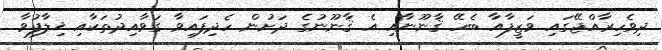
ދިވެހިރާއްޖޭގައި ވަޒީފާއާ ބެހޭ ޤާނޫނާއި އެ ޤާނޫނުގެ ދަށުން ހެދިފައިވާ ގަވާއިދުތަކާއި ޚިލާފުވާ